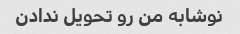
نوشابه من رو تحویل ندادن